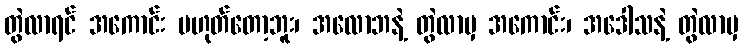
တွဲလာရင် အကောင်း မဟုတ်တော့ဘူး၊ အလောဘနဲ့ တွဲလာမှ အကောင်း၊ အဒေါသနဲ့ တွဲလာမှ